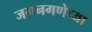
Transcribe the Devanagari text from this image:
जगनगणेच्या